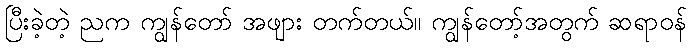
ပြီးခဲ့တဲ့ ညက ကျွန်တော် အဖျား တက်တယ်။ ကျွန်တော့်အတွက် ဆရာဝန်